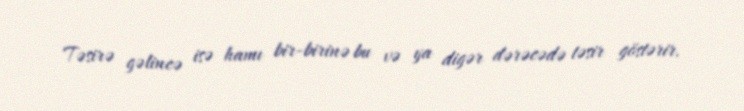
Təsirə gəlincə isə hamı bir-birinə bu və ya digər dərəcədə təsir göstərir.